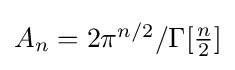
{\textstyle A_{n}={2\pi ^{n/2}/\Gamma [{\frac {n}{2}}]}}